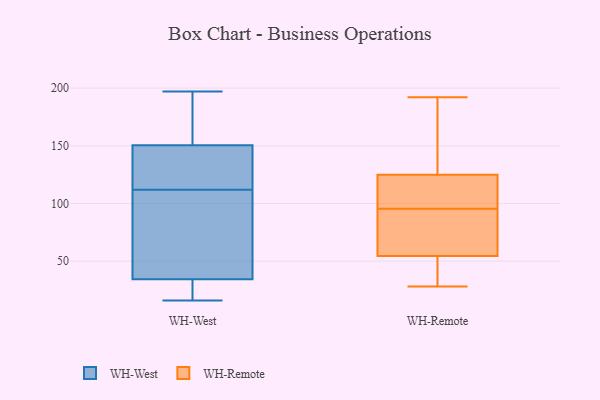
{"axis": {"x": "Page Views", "y": "Value"}, "legend": ["WH-Remote", "WH-West"], "data": [{"x": "", "y": 23, "type": "WH-West"}, {"x": "", "y": 179, "type": "WH-West"}, {"x": "", "y": 197, "type": "WH-West"}, {"x": "", "y": 38, "type": "WH-West"}, {"x": "", "y": 39, "type": "WH-West"}, {"x": "", "y": 112, "type": "WH-West"}, {"x": "", "y": 23, "type": "WH-West"}, {"x": "", "y": 182, "type": "WH-West"}, {"x": "", "y": 140, "type": "WH-West"}, {"x": "", "y": 16, "type": "WH-West"}, {"x": "", "y": 141, "type": "WH-West"}, {"x": "", "y": 62, "type": "WH-West"}, {"x": "", "y": 141, "type": "WH-West"}, {"x": "", "y": 192, "type": "WH-Remote"}, {"x": "", "y": 124, "type": "WH-Remote"}, {"x": "", "y": 98, "type": "WH-Remote"}, {"x": "", "y": 116, "type": "WH-Remote"}, {"x": "", "y": 131, "type": "WH-Remote"}, {"x": "", "y": 65, "type": "WH-Remote"}, {"x": "", "y": 44, "type": "WH-Remote"}, {"x": "", "y": 73, "type": "WH-Remote"}, {"x": "", "y": 44, "type": "WH-Remote"}, {"x": "", "y": 28, "type": "WH-Remote"}, {"x": "", "y": 93, "type": "WH-Remote"}, {"x": "", "y": 126, "type": "WH-Remote"}]}